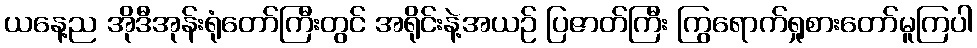
ယနေ့ည အိုဒီအုန်းရုံတော်ကြီးတွင် အရိုင်းနဲ့အယဉ် ပြဇာတ်ကြီး ကြွရောက်ရှုစားတော်မူကြပါ